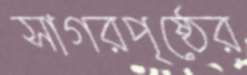
সাগরপৃষ্ঠের